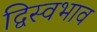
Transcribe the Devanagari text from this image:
द्विस्‍वभाव